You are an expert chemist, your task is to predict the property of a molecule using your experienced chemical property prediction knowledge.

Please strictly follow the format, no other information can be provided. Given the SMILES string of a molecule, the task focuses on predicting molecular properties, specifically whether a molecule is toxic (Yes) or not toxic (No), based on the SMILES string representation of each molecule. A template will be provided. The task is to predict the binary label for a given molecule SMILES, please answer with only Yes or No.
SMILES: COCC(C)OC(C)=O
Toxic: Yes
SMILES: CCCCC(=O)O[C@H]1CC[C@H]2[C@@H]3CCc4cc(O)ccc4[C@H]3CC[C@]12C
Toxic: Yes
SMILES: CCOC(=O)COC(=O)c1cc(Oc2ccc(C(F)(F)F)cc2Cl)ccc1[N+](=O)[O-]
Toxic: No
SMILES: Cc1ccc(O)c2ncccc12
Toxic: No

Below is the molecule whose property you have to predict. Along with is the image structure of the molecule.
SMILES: ClC1=C(Cl)[C@]2(Cl)[C@H]3[C@H](C4C=C[C@H]3C4)C1(Cl)C2(Cl)Cl
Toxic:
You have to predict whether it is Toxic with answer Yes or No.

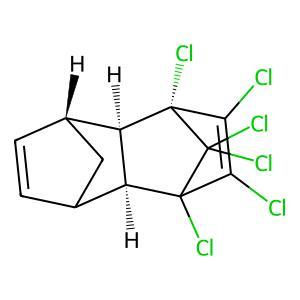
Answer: No